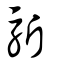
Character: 馸